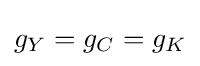
g_{Y}=g_{C}=g_{K}